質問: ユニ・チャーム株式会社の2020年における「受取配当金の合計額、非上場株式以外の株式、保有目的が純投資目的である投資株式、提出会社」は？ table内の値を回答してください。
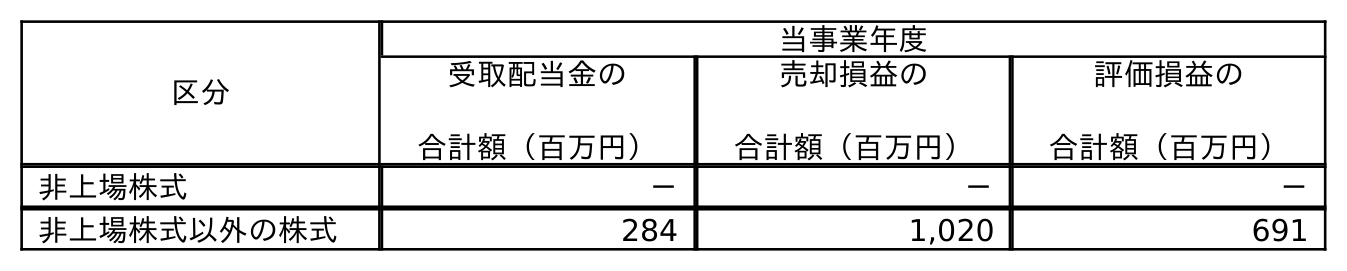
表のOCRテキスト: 区分 当事業年度 受取配当金の 合計額（百万円） 売却損益の 合計額（百万円） 評価損益の 合計額（百万円） 非上場株式 － － － 非上場株式以外の株式 284 1,020 691
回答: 284